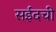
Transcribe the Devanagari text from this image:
सईदची